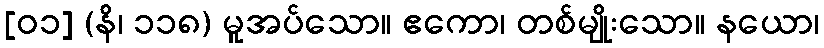
[၀၁] (နိ၊ ၁၁၈) မူအပ်သော။ ဧကော၊ တစ်မျိုးသော။ နယော၊